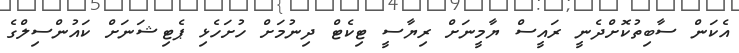
އެކަން ސާބިތުކޮށްދެނީ ރައީސް ޔާމީނަށް ރިޔާސީ ޓިކެޓް ދިނުމަށް ހުށަހެޅި ޕެޓިޝަނަށް ކައުންސިލްގެ